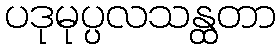
ပဒုမုပ္ပလသန္ထတာ